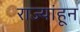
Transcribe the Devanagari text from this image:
राज्यांहून